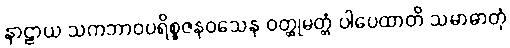
နာဠာယ သကဘာဝပရိစ္စဇနဝသေန ဝတ္ထုမတ္တံ ပါပေထာတိ သမာဓာတုံ